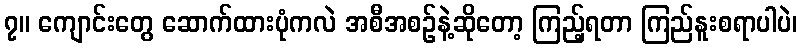
၇။ ကျောင်းတွေ ဆောက်ထားပုံကလဲ အစီအစဉ်နဲ့ဆိုတော့ ကြည့်ရတာ ကြည်နူးစရာပါပဲ၊